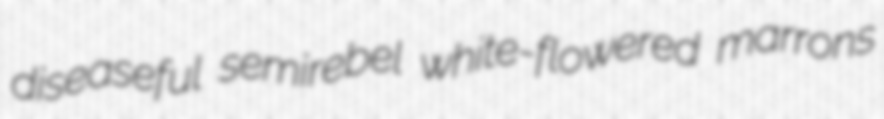
diseaseful semirebel white-flowered marrons